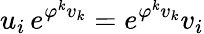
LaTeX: u_{i}\, e^{\varphi^{k}v_{k}}=e^{\varphi^{k}v_{k}}v_{i}